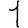
Digit: 1